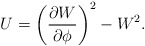
\begin{align*}U=\left(\frac{\partial W}{\partial \phi}\right)^2 - W^2.\end{align*}